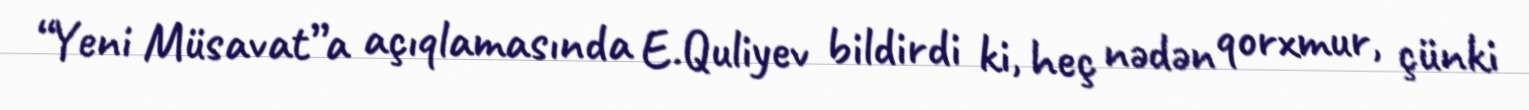
“Yeni Müsavat”a açıqlamasında E.Quliyev bildirdi ki, heç nədən qorxmur, çünki